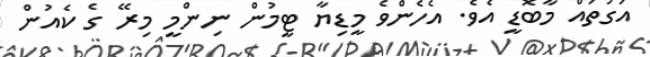
އަގުތައް މާބޮޑީ އެވެ. އެހެންވެ މީޑިޔާ ޓީމުން ނިންމީ މިރޭ ގެ ކެއުން